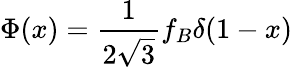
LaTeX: \Phi(x)={\frac{1}{2\sqrt{3}}}f_{B}\delta(1-x)